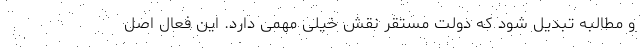
و مطالبه تبدیل شود که دولت مستقر نقش خیلی مهمی دارد. این فعال اصل